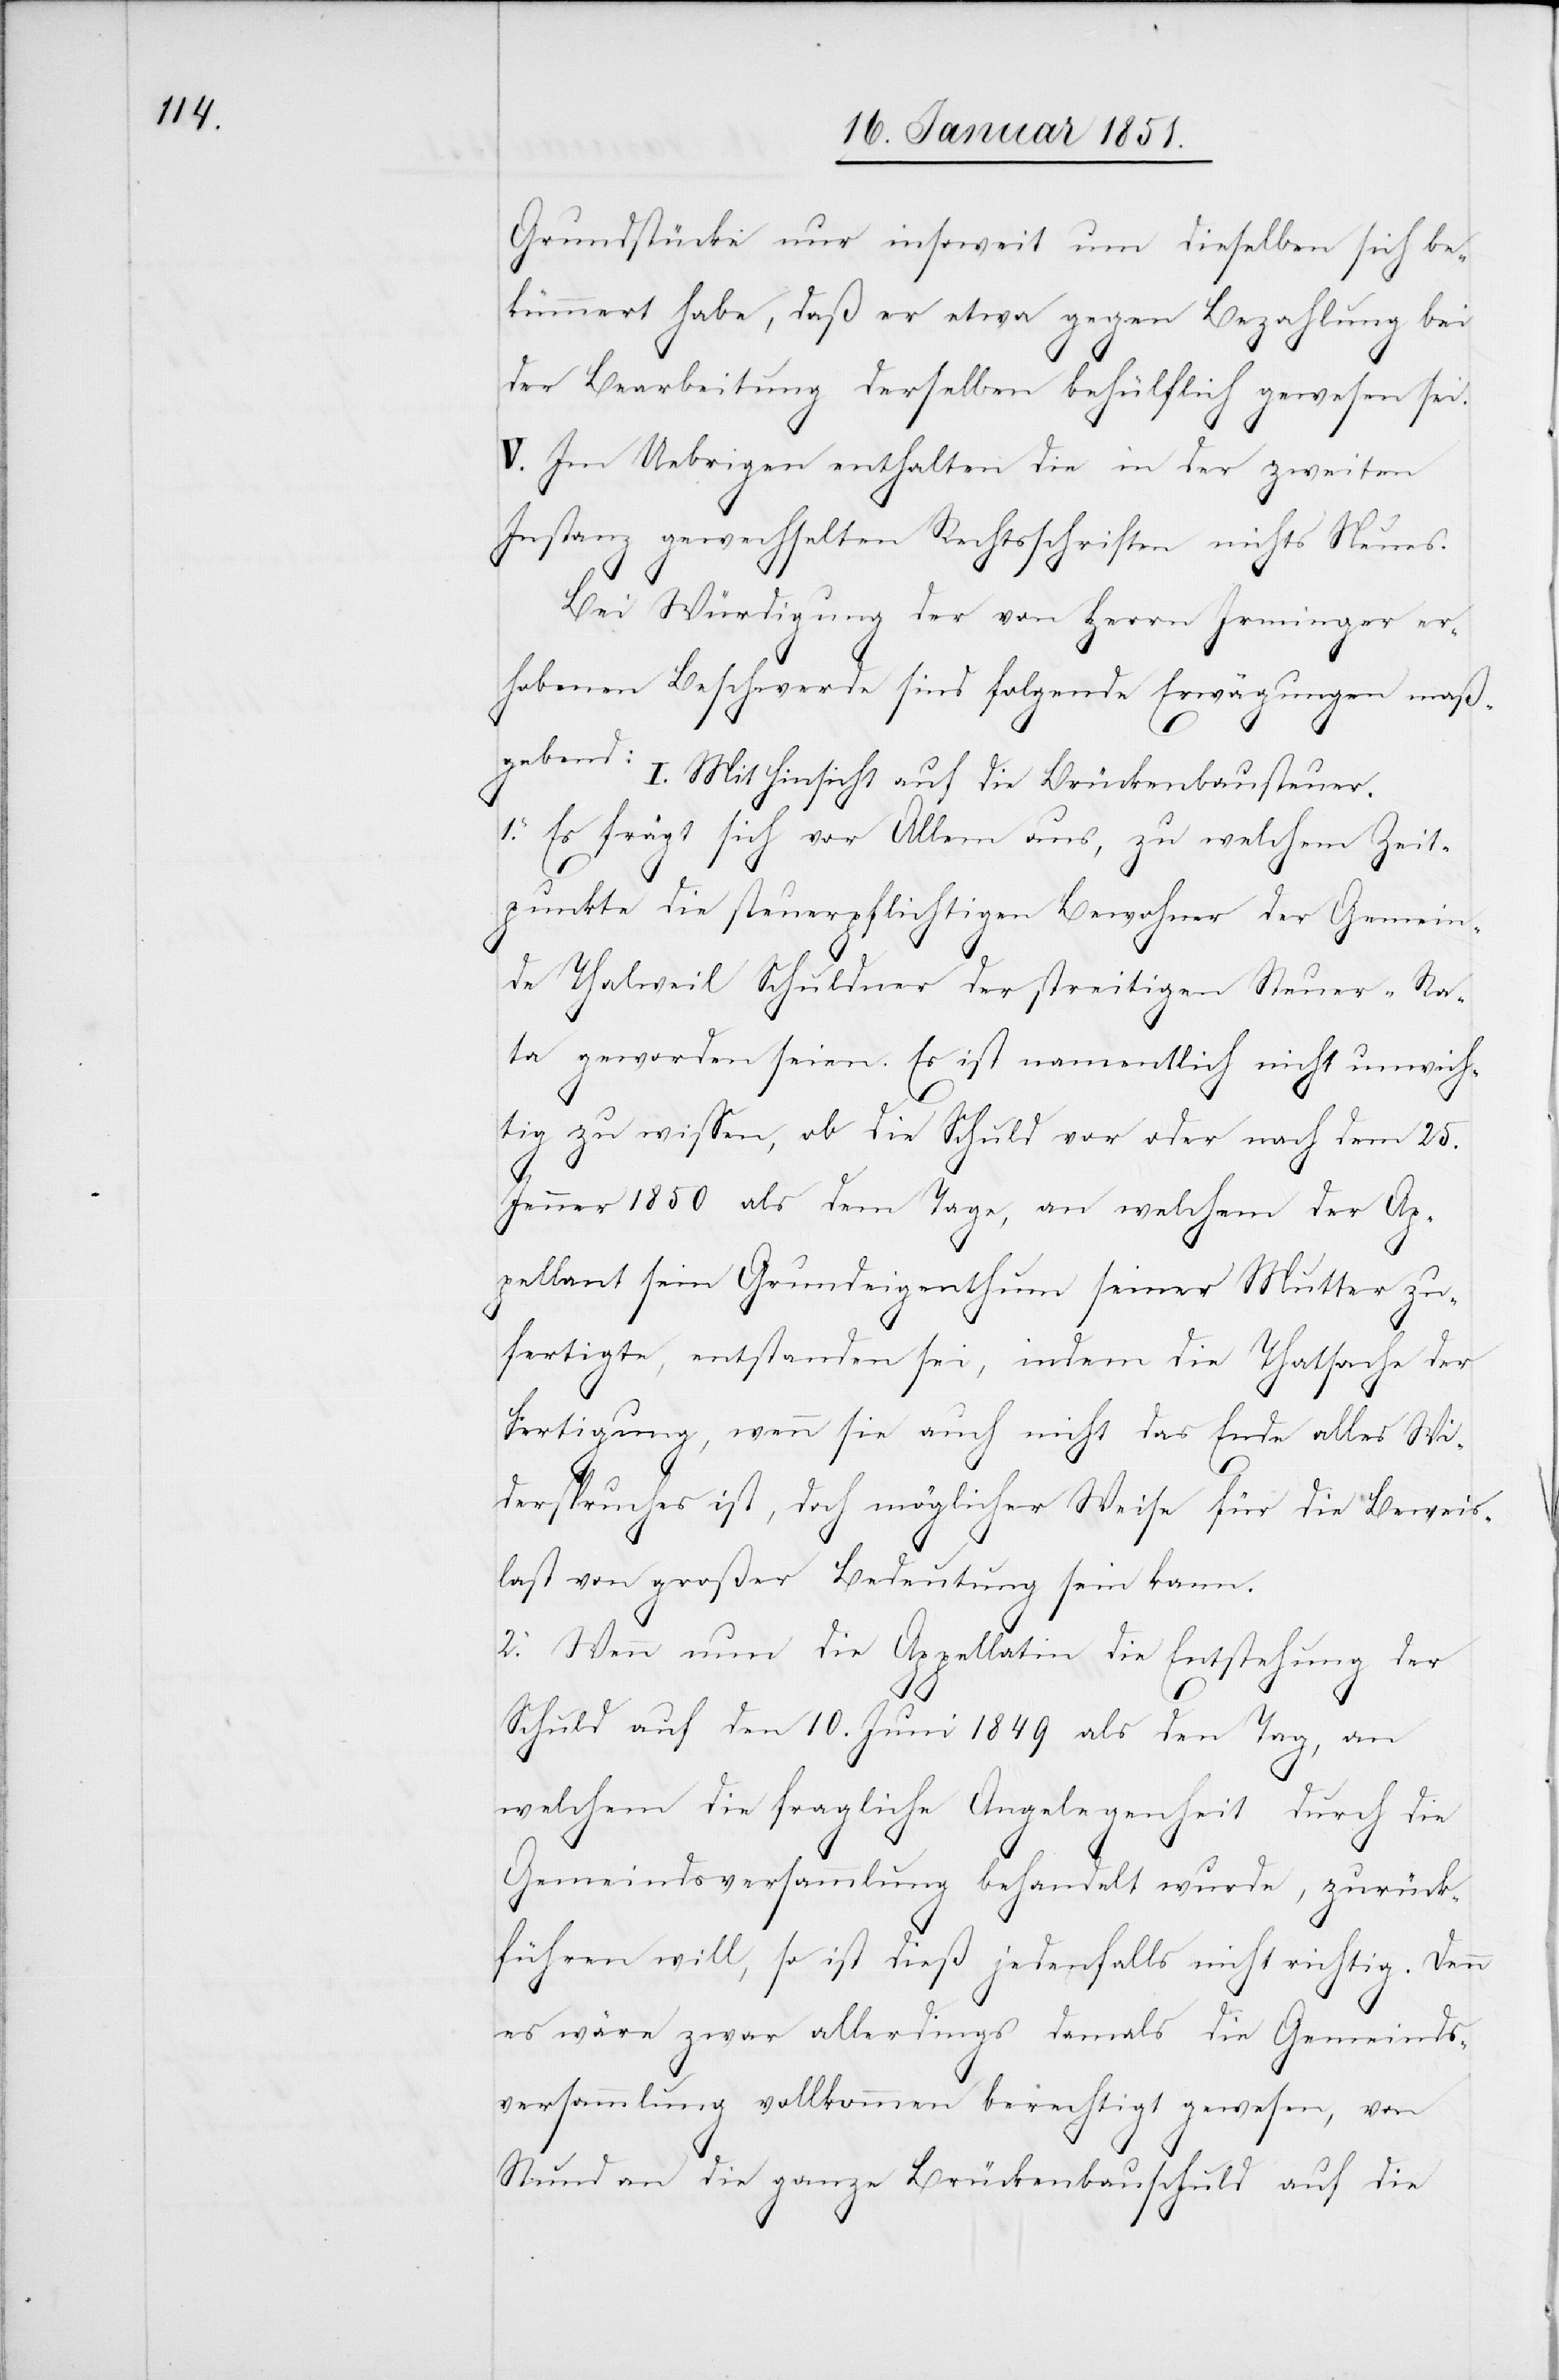
Grundstücke nur insoweit um dieselben sich be¬
kümmert habe, daß er etwa gegen Bezahlung bei
der Bearbeitung derselben behülflich gewesen sei.
V. Im Uebrigen enthalten die in der zweiten
Instanz gewechselten Rechtsschriften nichts Neues.
Bei Würdigung der von Herrn Irminger er¬
hobenen Beschwerde sind folgende Erwägungen maß¬
I. Mit Hinsicht auf die Brückenbausteuer.
1. Es frägt sich vor Allem aus, zu welchem Zeit¬
punkte die steuerpflichtigen Bewohner der Gemein¬
de Thalweil Schuldner der streitigen Steuer-Ra¬
ta geworden seien. Es ist namentlich nicht unwich¬
tig zu wissen, ob die Schuld vor oder nach dem 25.
Jenner 1850 als dem Tage, an welchem der Ap¬
pellant sein Grundeigenthum seiner Mutter zu¬
fertigte, entstanden sei, indem die Thatsache der
Fertigung, wenn sie auch nicht das Ende alles Wi¬
derspruches ist, doch möglicher Weise für die Beweis¬
last von großer Bedeutung sein kann.
2. Wenn nun die Appellatin die Entstehung der
gebe¬
nd:
Schuld auf den 10. Juni 1849 als den Tag, an
welchem die fragliche Angelegenheit durch die
Gemeindsversammlung behandelt wurde, zurück¬
führen will, so ist dieß jedenfalls nicht richtig. Denn
es wäre zwar allerdings damals die Gemeinds¬
versammlung vollkommen berechtigt gewesen, von
Stund an die ganze Brückenbauschuld auf die